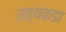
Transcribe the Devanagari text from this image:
सह्यकडा